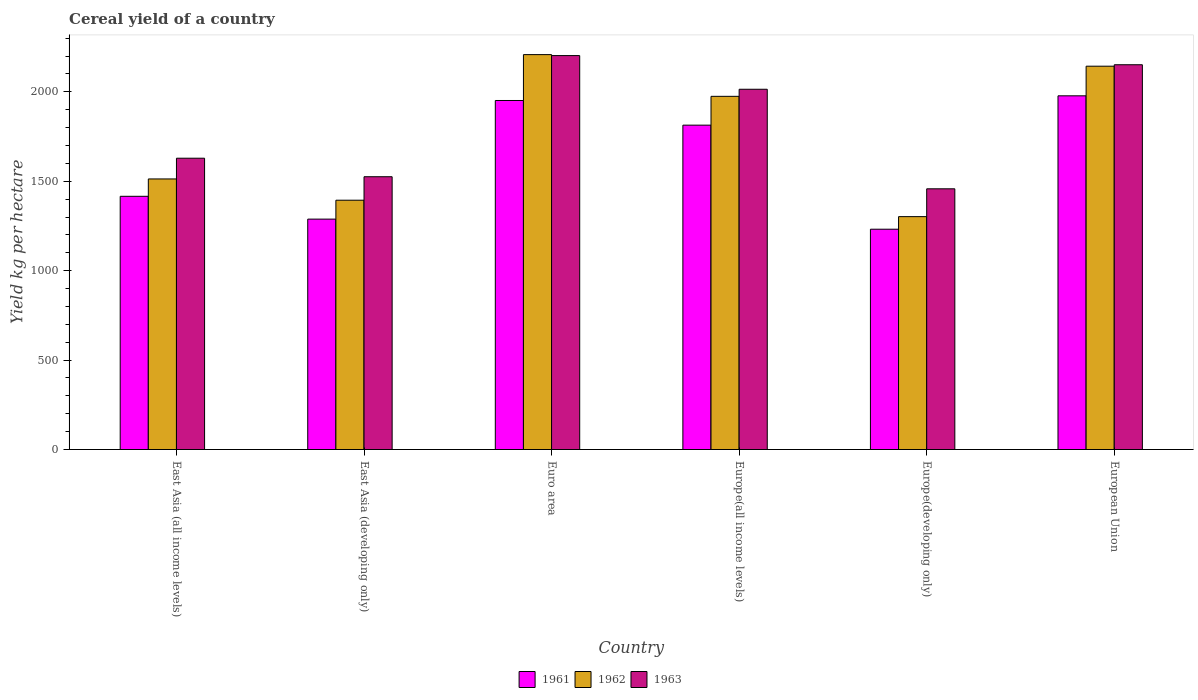
| Country | 1961 | 1962 | 1963 |
 | --- | --- | --- | --- |
 | East Asia (all income levels) | 1.42e+03 | 1.51e+03 | 1.63e+03 |
 | East Asia (developing only) | 1.29e+03 | 1.39e+03 | 1.53e+03 |
 | Euro area | 1.95e+03 | 2.21e+03 | 2.2e+03 |
 | Europe(all income levels) | 1.81e+03 | 1.97e+03 | 2.01e+03 |
 | Europe(developing only) | 1.23e+03 | 1.3e+03 | 1.46e+03 |
 | European Union | 1.98e+03 | 2.14e+03 | 2.15e+03 |